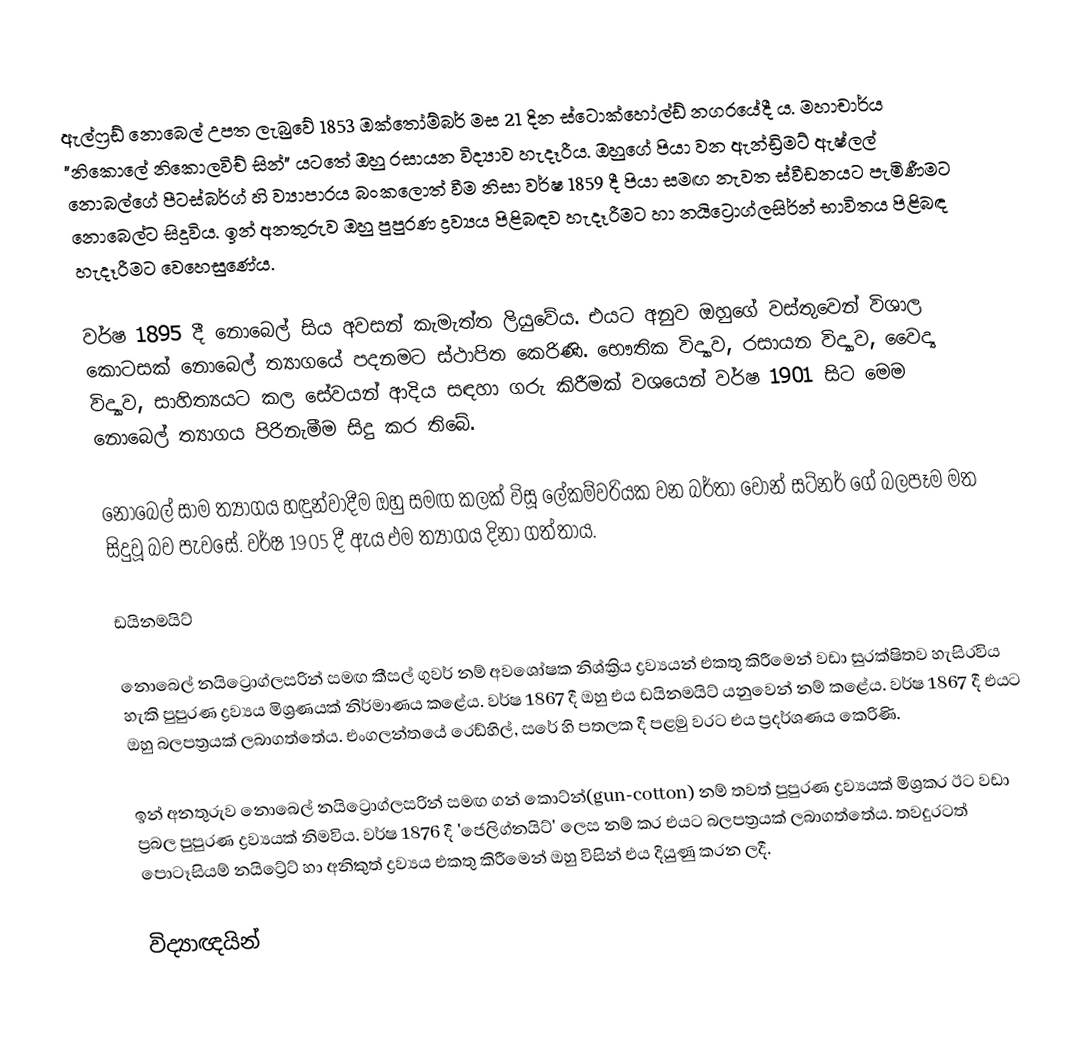
ඇල්ෆ්‍රඩ් නොබෙල් උපත ලැබුවේ 1853 ඔක්තෝම්බර් මස 21 දින ස්ටොක්හෝල්ඩ් නගරයේදී ය. මහාචාර්ය "නිකොලේ නිකොලවිච් සින්" යටතේ ඔහු රසායන විද්‍යාව හැදෑරීය. ඔහුගේ පියා වන ඇන්ඩ්‍රිමට් ඇෂ්ලල් නො‍බල්ගේ පීටස්බර්ග් හි ව්‍යාපාරය බංකලොත් වීම නිසා වර්ෂ 1859 දී පියා සමඟ නැවත ස්වීඩනයට පැමිණීමට නොබෙල්ට සිදුවිය. ඉන් අනතුරුව ඔහු පුපුරණ ද්‍රව්‍යය පිළිබඳව හැදෑරීමට හා නයිට්‍රොග්ලසිර්න් භාවිතය පිළිබඳ හැදෑරීමට වෙහෙසුණේය.

වර්ෂ 1895 දී නොබෙල් සිය අවසන් කැමැත්ත ලියුවේය. එයට අනුව ඔහුගේ වස්තුවෙන් විශාල කොටසක් නොබෙල් ත්‍යාගයේ පදනමට ස්ථාපිත කෙරිණි. භෞතික විද්‍යාව, රසායන විද්‍යාව, වෛද්‍ය විද්‍යාව, සාහිත්‍යයට කල සේවයන් ආදිය සඳහා ගරු කිරීමක් වශයෙන් වර්ෂ 1901 සිට මෙම නොබෙල් ත්‍යාගය පිරිනැමීම සිදු කර තිබේ.

නොබෙල් සාම ත්‍යාගය හඳුන්වාදීම ඔහු සමඟ කලක් විසූ ලේකම්වරියක වන බර්තා වොන් සට්නර් ගේ බලපෑම මත සිදුවූ බව පැවසේ. වර්ෂ 1905 දී ඇය එම ත්‍යාගය  දිනා ගත්තාය.

ඩයිනමයිට්

නොබෙල් නයි‍ට්‍රොග්ලසරින් සමඟ කීසල් ගුවර් නම් අවශෝෂක නිශ්ක්‍රිය ද්‍රව්‍යයන් එකතු කිරීමෙන් වඩා සුරක්ෂිතව හැසිරවිය හැකි පුපුරණ ද්‍රව්‍යය මිශ්‍රණයක් නිර්මාණය කළේය. වර්ෂ 1867 දී ඔහු එය ඩයිනමයිට් යනුවෙන් නම් කළේය. වර්ෂ 1867 දී එයට ඔහු බලපත්‍රයක් ලබාගත්තේය. එංගලන්තයේ රෙඩ්හිල්, සරේ හි පතලක දී පළමු වරට එය  ප්‍රදර්ශණය කෙරිණි.

ඉන් අනතුරුව නොබෙල් නයිට්‍රොග්ලසරින් සමඟ ගන් කොට්න්(gun-cotton) නම් තවත් පුපුරණ ද්‍රව්‍යයක් මිශ්‍රකර ඊට වඩා ප්‍රබල පුපුරණ ද්‍රව්‍යයක් නිමවිය.  වර්ෂ 1876 දී 'ජෙලිග්නයිට්' ලෙස නම් කර එයට බලපත්‍රයක් ලබාගත්තේය. තවදුරටත් පොටෑසියම් නයිට්‍රේට් හා අනිකුත් ද්‍රව්‍යය එකතු කිරීමෙන් ඔහු විසින් එය දියුණු කරන ලදී.

විද්‍යාඥයින්